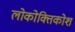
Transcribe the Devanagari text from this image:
लोकोक्तिकोश